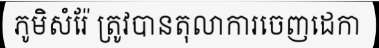
ភូមិសំរ៉ែ ត្រូវបានតុលាការចេញដេកា